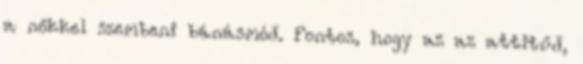
a nőkkel szembeni bánásmód. Fontos, hogy az az attitűd,